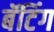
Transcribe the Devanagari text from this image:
बॅटिंग